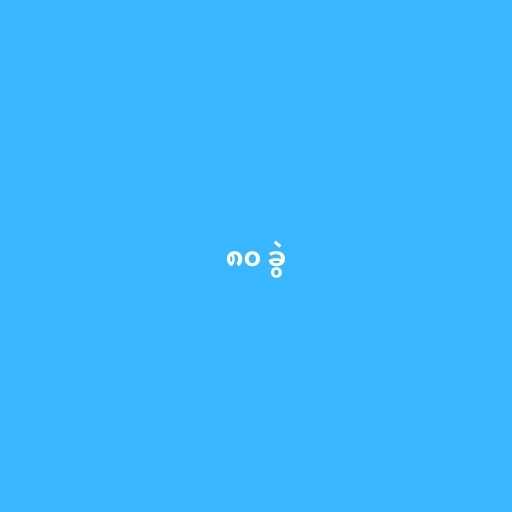
၈၀ ခွဲ